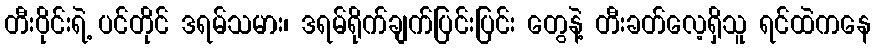
တီးဝိုင်းရဲ့ ပင်တိုင် ဒရမ်သမား၊ ဒရမ်ရိုက်ချက်ပြင်းပြင်း တွေနဲ့ တီးခတ်လေ့ရှိသူ ရင်ထဲကနေ